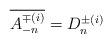
LaTeX: \begin{align*}\overline{A_{-n}^{\mp (i)}}=D_n^{\pm (i)}\end{align*}